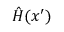
\hat { H } ( x ^ { \prime } )